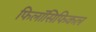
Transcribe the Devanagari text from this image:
फिलॉसिफिकल